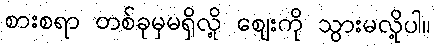
စားစရာ တစ်ခုမှမရှိလို့ ဈေးကို သွားမလို့ပါ။